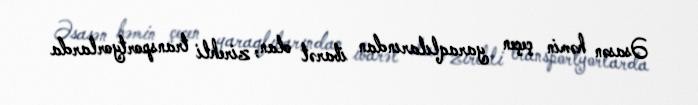
Əsasən həmin çeçen yaraqlılarından ibarət olan, zirehli transportyorlarda